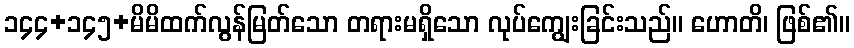
၁၄၄+၁၄၅+မိမိထက်လွန်မြတ်သော တရားမရှိသော လုပ်ကျွေးခြင်းသည်။ ဟောတိ၊ ဖြစ်၏။